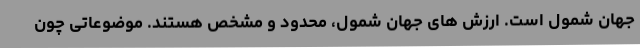
جهان شمول است. ارزش های جهان شمول، محدود و مشخص هستند. موضوعاتی چون